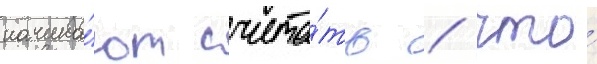
начина́ют счита́ть / что́